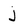
Character: j